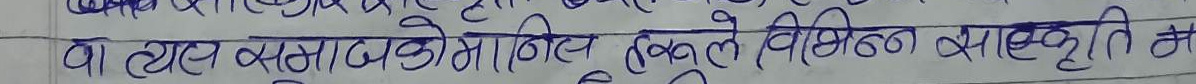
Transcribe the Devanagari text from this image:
का व्यय समाजकोमाथि हुनाले विभिन्न बास्कृति भा